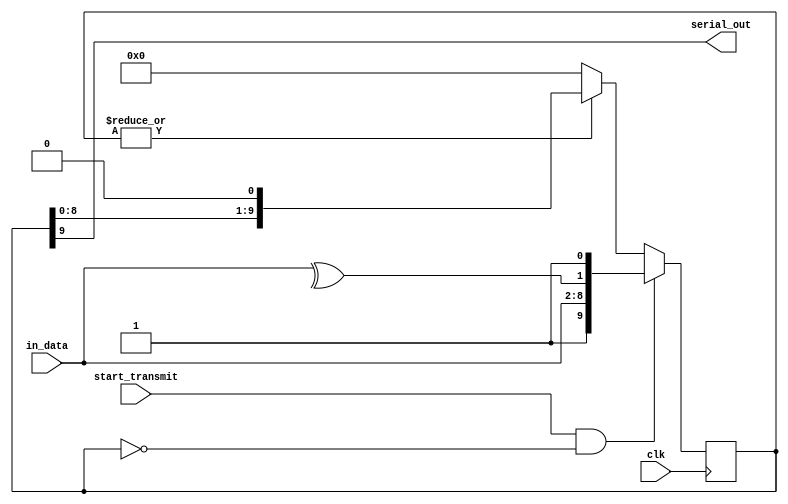
module serial_data_transmitter(
    input[6:0] in_data,
    input start_transmit,clk,
    output serial_out
);
    reg[9:0] transmitter_reg;
    assign serial_out = transmitter_reg[9];
    always @(posedge clk) begin
        if(start_transmit && (transmitter_reg == 0))
            transmitter_reg <= {1'b1, in_data, ^in_data, 1'b1};
        else if (|transmitter_reg)
            transmitter_reg <= transmitter_reg << 1;
        else
            transmitter_reg <= 10'd0;
    end
endmodule